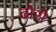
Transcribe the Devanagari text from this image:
ढोरो